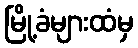
မြို့ခံများထံမှ